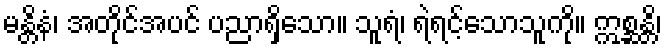
မန္တိနံ၊ အတိုင်အပင် ပညာရှိသော။ သူရံ၊ ရဲရင့်သောသူကို။ ဣစ္ဆန္တိ၊